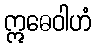
ဣဓေဝါဟံ